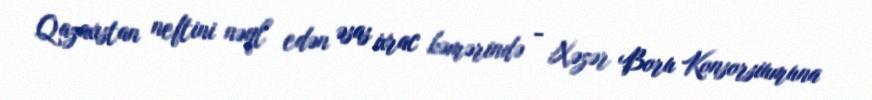
Qazaxıstan neftini nəql edən əsas ixrac kəmərində - Xəzər Boru Konsorsiumuna